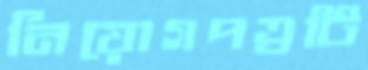
নিয়োগপত্রটি